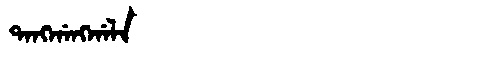
Manchu: ᡨᠠᠩᡤᠠᠩᡤᠠᠯᠠ
Romanization: TANGGANGGALA